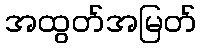
အထွတ်အမြတ်